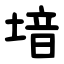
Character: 堷